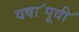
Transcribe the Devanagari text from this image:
वषा॔पूवी॔